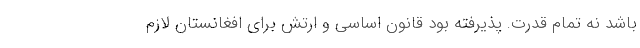
باشد نه تمام قدرت. پذيرفته بود قانون اساسي و ارتش براي افغانستان لازم